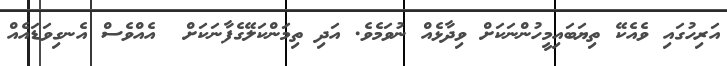
އަރިހުގައި ވެއެކޭ ތިޔަބައިމީހުންނަކަށް ވިދާޅެއް ނުވަމެވެ. އަދި ތިމަންކަލޭގެފާނަކަށް  އެއްވެސް އެނގިވަޑައެއް